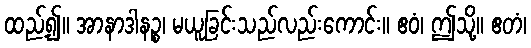
ထည့်၍။ အာနာဒါနဉ္စ၊ မယူခြင်းသည်လည်းကောင်း။ ဧဝံ၊ ဤသို့။ ဧတံ၊